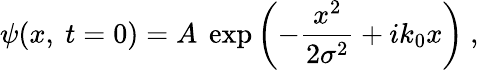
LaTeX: \psi(x,\ t=0)=A\ \exp\left(-{\frac{x^{2}}{2\sigma^{2}}}+ik_{0}x\right)\ ,